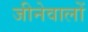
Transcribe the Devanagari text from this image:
जीनेवालों